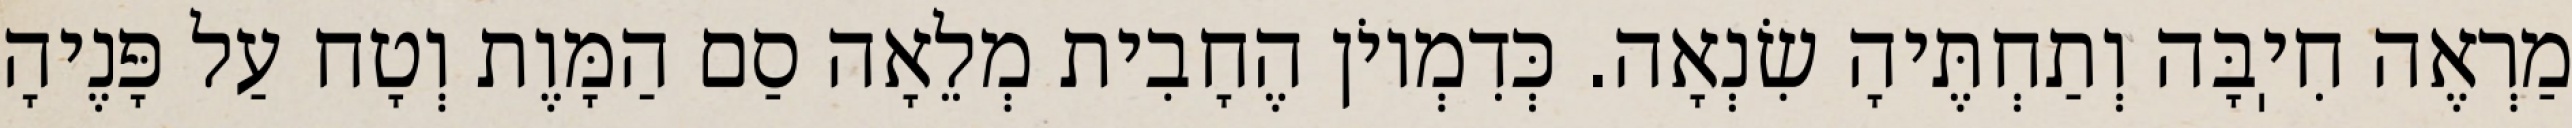
מַרְאֶה חִיֽבָּה וְתַחְתֶּיהָ שִׂנְאָה. כְּדִמְיוֹן הֶחָבִית מְלֵאָה סַם הַמָּוֶת וְטָח עַל פָּנֶיהָ